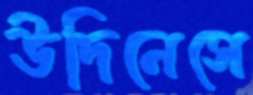
উদিনেসে